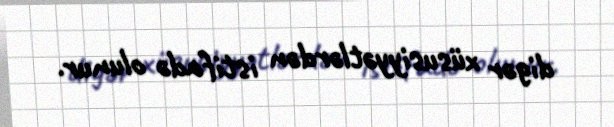
digər xüsusiyyətlərdən istifadə olunur.